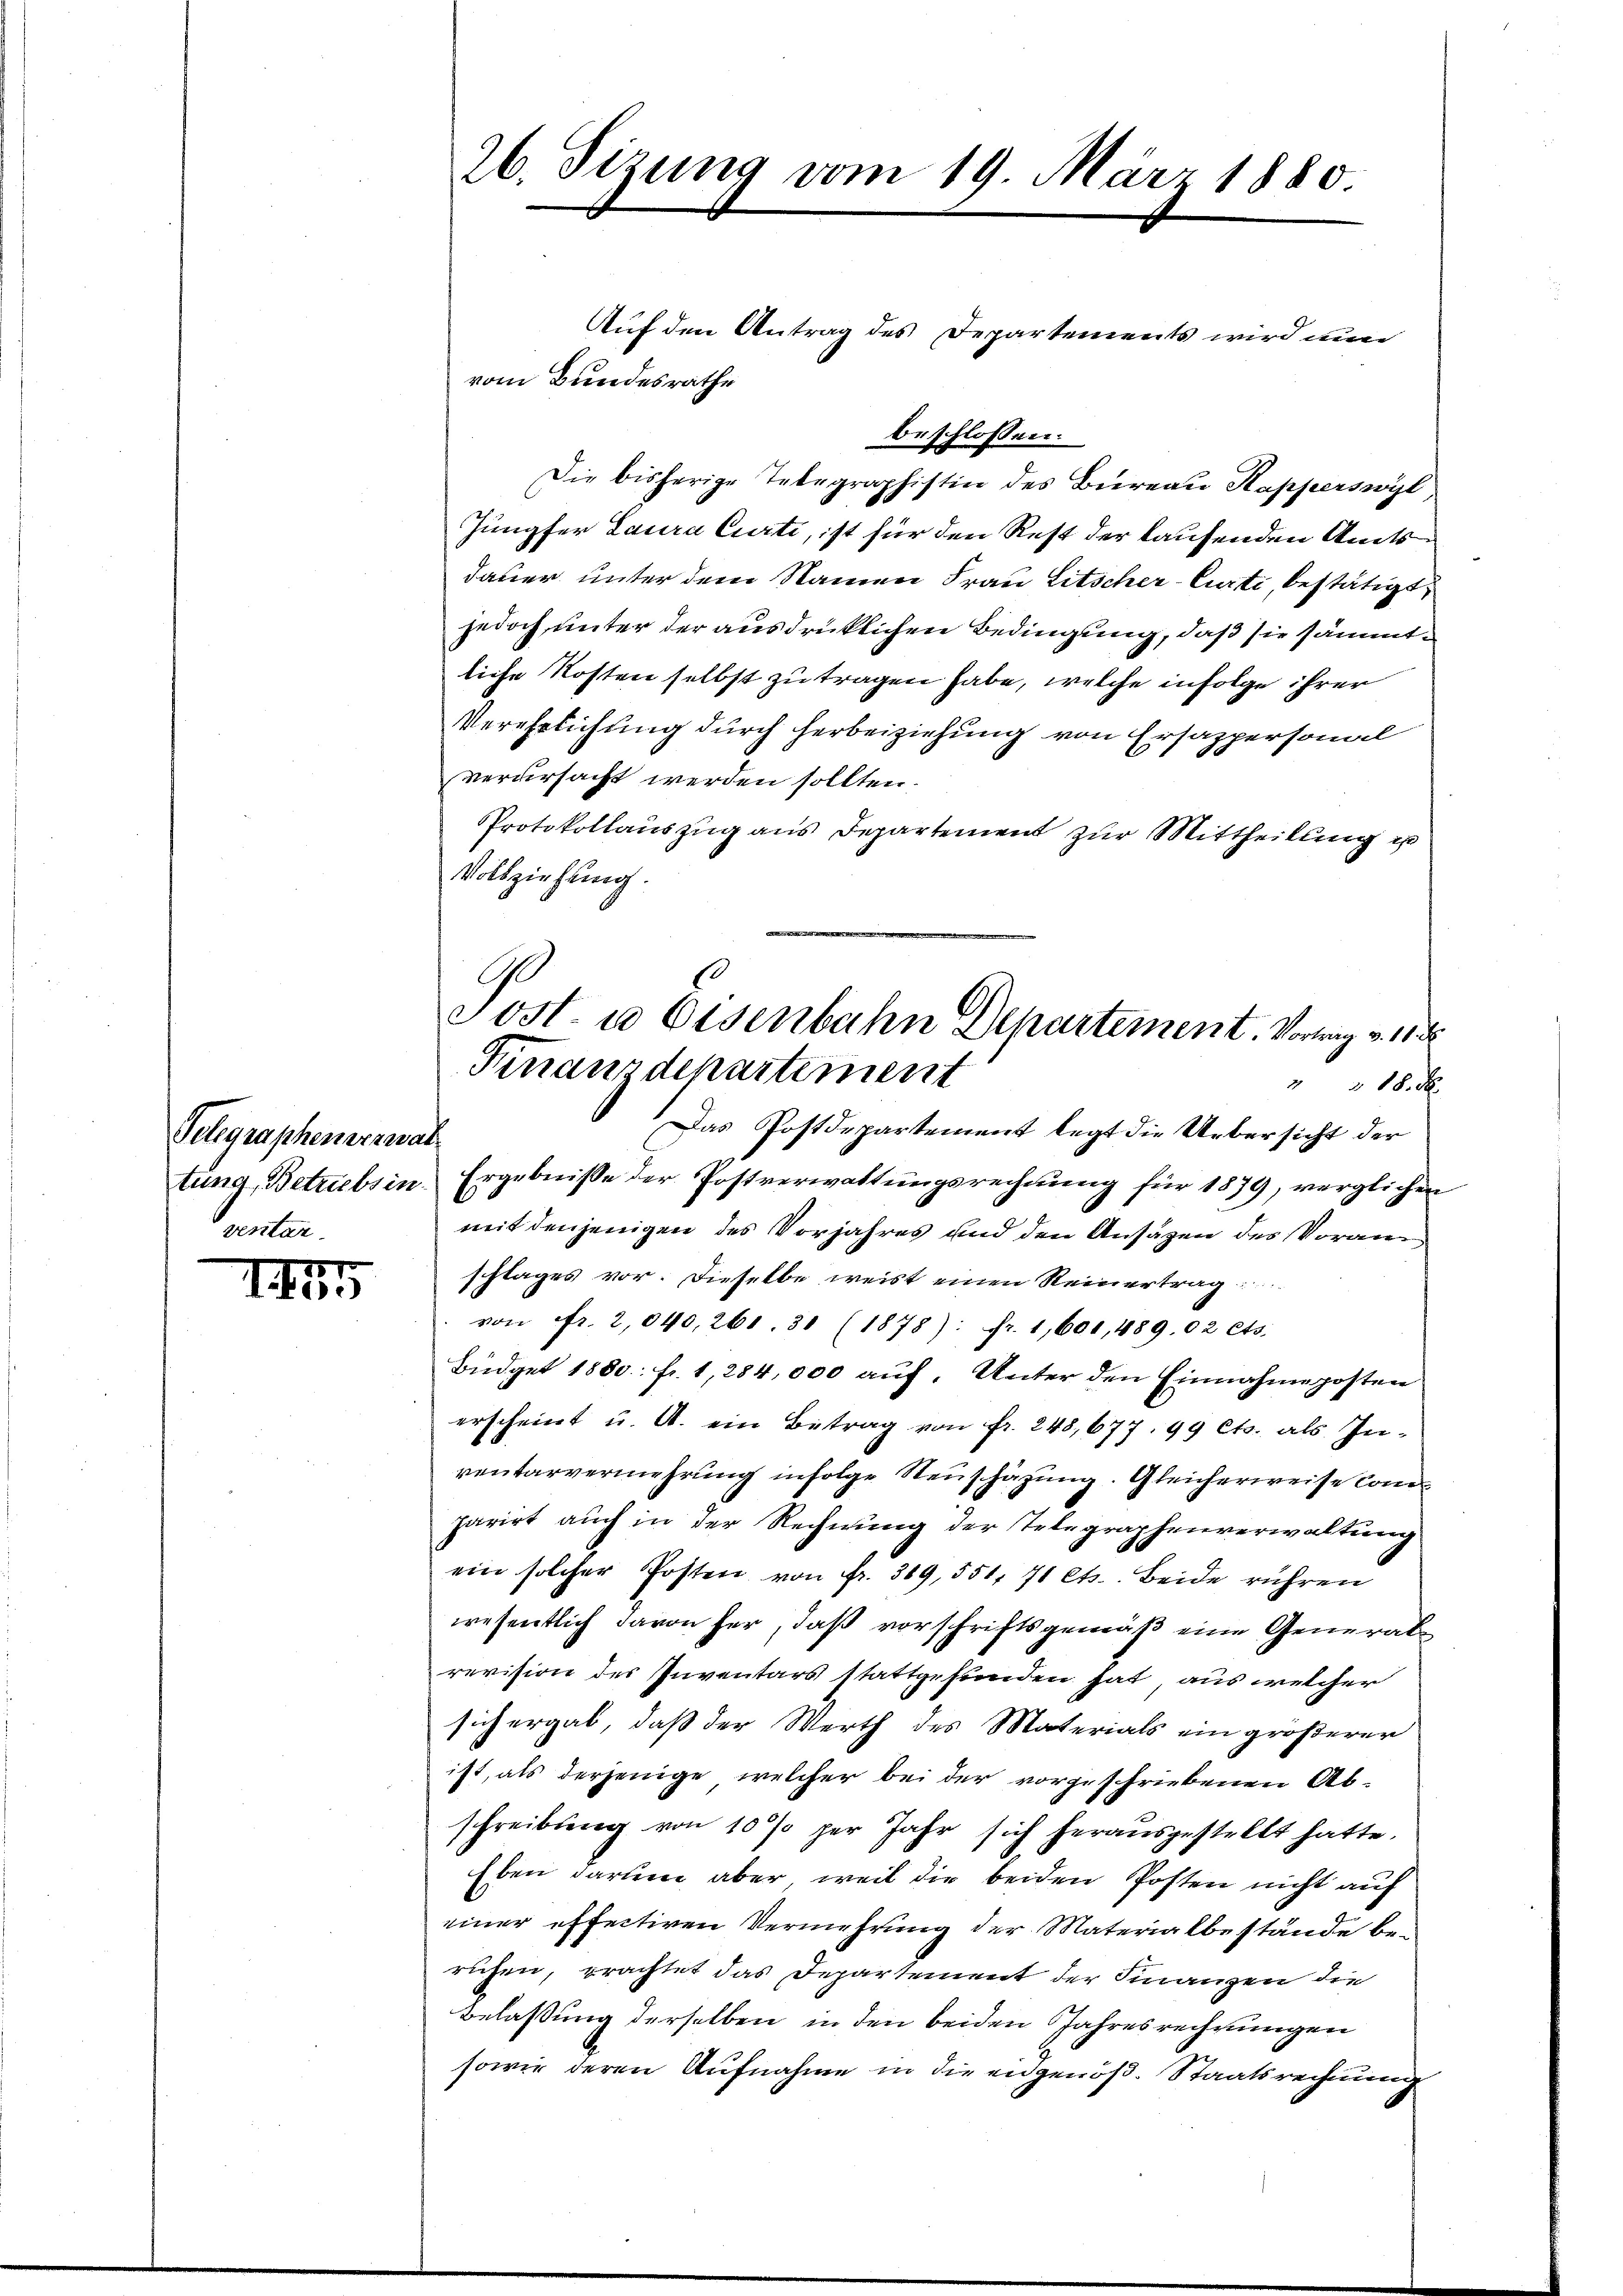
Telegraphenverwaltung, Betriebsin
ventar.

18
I.

26. Sizung vom 19. März 1880

vom Bundesrathe

Auf den Antrag des Departements wird nun
beschlossen:
Die bisherige Telegraphistin des Bureau Kapperswyl
Jungfer Laura Curti, ist für den Rest der laufenden Amts
dauer unter dem Namen Frau Litscher-Curti, bestätigt,
jedoch, unter der ausdrücklichen Bedingung, daß sie sämmtliche Kosten selbst zu tragen habe, welche infolge ihrer
Verehrlichung durch herbeiziehung von Ersappersonal
verursacht werden sollten.
PProtokollauszug aus Departement zur Mittheilung in
Vollziehung.
G
s

Sost- u Eisenbahn Departement. Vortrag v. 118.
Finanzdepartement
10 x

Das Postdepartement legt die Uebersicht der
Ergebniße der Postverwaltungsrechnung für 1879, verglichen
mit denjenigen des Vorjahres und den Ansäzen des Voran
schlages vor. Dieselbe weist einen Reinertrag
von fr. 2,040, 261. 31 (1878): fr. 1,600, 489. 02 Cts.
Büdget 1800. fr. 1, 284,000 auf. Unter den Einnahme posten
erscheint u. A. ein Betrag von fr. 248, 677. 99 Cts. als In-
ventarvermehrung infolge Neuschäzung. Gleicherweise Comparirt auch in der Rechnung der Telegraphenverwaltung
ein solcher Posten von fr. 369, 551. 71 Cts. Beide rühren
wesentlich davon her, daß vorschriftsgemäß eine Generalrevision des Inventars stattgefunden hat, aus welcher
sich ergab, daß der Werth des Materials ein größerer
ist, als derjenige, welcher bei der vorgeschriebenen Ab-
schreibung von 10 % per Jahr sich herausgestellt hatte.
Eben darum aber weil die beiden Posten nicht auf
einer effectiven Vermehrung der Materialbestände beruhen, erachtet das Departement der Finanzen die
Belassung derselben in den beiden Jahresrechnungen
sowie deren Aufnahme in die angenöß. Staatsrechnung